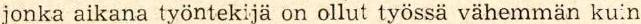
jonka aikana työntekijä on ollut työssä vähemmän kuin